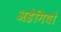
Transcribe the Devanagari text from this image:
अडैगियो